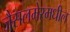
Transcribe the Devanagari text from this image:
जैसलमेरमधील